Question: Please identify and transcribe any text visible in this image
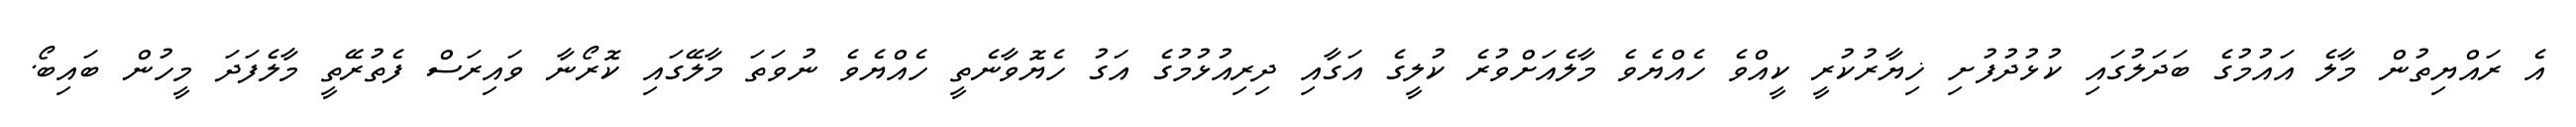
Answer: އެ ރައްޔިތުން މާލެ އައުމުގެ ބަދަލުގައި ކުޅުދުފުށި ޚިޔާރުކުރީ ކީއްވެ ހެއްޔެވެ މާލެއަށްވުރެ ކުލީގެ އަގާއި ދިރިއުޅުމުގެ އަގު ހެޔޮވާނެތީ ހެއްޔެވެ ނުވަތަ މާލޭގައި ކޮރޯނާ ވައިރަސް ފެތުރޭތީ މާލެފަދަ މީހުން ބައިބޯ.